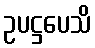
ဥပဋ္ဌပေသိ